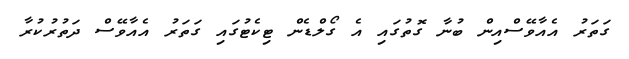
ގަތަރު އެއާވޭސްއިން ބުނާ ގޮތުގައި އެ ގޯލްޑެން ޓިކެޓުގައި ގަތަރު އެއާވޭސް ދަތުރުކުރާ